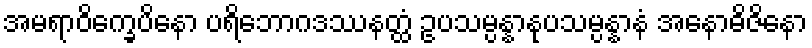
အမရာဝိက္ခေပိနော ပရိဘောဂဒဿနတ္ထံ ဥပသမ္ပန္နာနုပသမ္ပန္နာနံ အနောဓိဇိနော